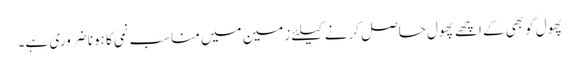
پھول گوبھی کے اچھے پھول حاصل کرنے کیلئے زمین میں مناسب نمی کا ہونا ضروری ہے۔